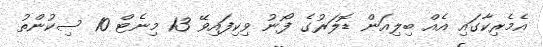
އެމެރިކާގައި އެއް ބިލިއަން ޑޮލަރުގެ ފޯނު ވިކިފައިވޭ 13 މިނެޓް 10 ސިކުންތު